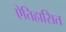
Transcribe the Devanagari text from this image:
ऐतिहासित